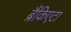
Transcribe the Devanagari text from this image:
ब्रैंकिएटा